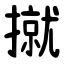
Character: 㩆